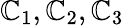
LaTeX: \mathbb{C}_{1},\mathbb{C}_{2},\mathbb{C}_{3}